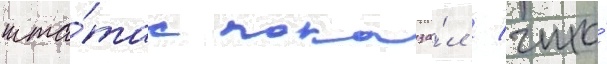
шта́тах показа́л / что́